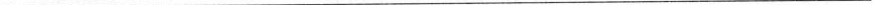
___